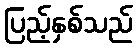
ပြည့်နှစ်သည်